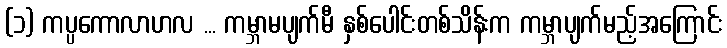
(၁) ကပ္ပကောလာဟလ ... ကမ္ဘာမပျက်မီ နှစ်ပေါင်းတစ်သိန်းက ကမ္ဘာပျက်မည့်အကြောင်း